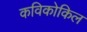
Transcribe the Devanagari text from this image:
कविकोकिल